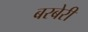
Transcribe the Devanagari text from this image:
बरबेरी